system: You are a helpful assistant.
user:
Analyze the provided spectrum to determine if it is a **White Dwarf (WD)**.

A White Dwarf spectrum is defined by its **extreme purity** (due to gravitational settling) and/or **extreme pressure broadening** (due to high surface gravity). You must check for one of the following mutually exclusive signatures:

- **Key Visual Indicators (Check for ONE of these types):**

    - **1. DA-Type Signature (Most Common):**
        - **(Primary Feature):** Extreme pressure broadening (Stark broadening) of the **Hydrogen (H) Balmer lines**.
        - **(Key Lines):** $H\beta$ (approx. $4861$ Å) and $H\gamma$ (approx. $4340$ Å). $H\alpha$ (approx. $6563$ Å) will also be present if the wavelength range covers it.
        - **(Line Profile):** This is the **defining feature**. The lines are **NOT** sharp. They appear as massive, **extremely broad and deep "troughs" or "dips"** in the spectrum, often hundreds of Ångströms wide. The continuum will appear to "scoop" down at these wavelengths.
        - **(Distinction):** Normal A-type or B-type stars have *narrow* and *sharp* Hydrogen lines. A DA White Dwarf's lines are unmistakably "smeared" or "blurry" from pressure.

    - **2. DB-Type Signature:**
        - **(Primary Feature):** Broad absorption lines from **Neutral Helium (He I)**. The spectrum must lack any visible Hydrogen lines.
        - **(Key Lines):** Look for broad absorption near $4471$ Å, $4921$ Å, and $5876$ Å.
        - **(Line Profile):** These lines are also significantly pressure-broadened, appearing much wider than they would in a normal B-type main-sequence star.

    - **3. DC-Type Signature:**
        - **(Primary Feature):** A **featureless continuous spectrum**.
        - **(Line Profile):** The spectrum is a smooth curve with **no significant absorption or emission lines**.
        - **(Key Confirmation):** The continuum is almost always **blue or white**, indicating a hot object. This signature implies the atmosphere is so pure (or so cool) that no spectral lines are visible in the optical range. Its WD identity is confirmed by its extremely low intrinsic brightness (high absolute magnitude).

    - **4. DZ-Type Signature (Metal-Polluted):**
        - **(Primary Feature):** **Isolated, narrow metal absorption lines** on an otherwise featureless (DC-like) continuum.
        - **(Key Lines):** The **Calcium (Ca II) H & K doublet** (approx. **$3934$ Å** and **$3968$ Å**) is the most common and defining feature.
        - **(Line Profile):** These lines are "out of place." They are *not* part of a "forest" of thousands of lines. This signature is evidence of recent *accretion* (pollution) from rocky debris.
        - **(Distinction):** Normal G/K/M stars have a *dense forest* of thousands of metal lines. A DZ has a *clean* continuum with *only a few* strong metal lines.

    - **5. DQ-Type Signature (Carbon-Polluted):**
        - **(Primary Feature):** Absorption bands from **Carbon (C₂ "Swan Bands" or atomic C I)**.
        - **(Key Lines - C₂):** Look for bandheads with a "saw-tooth" shape near $5635$ Å, **$5165$ Å** (strongest), and $4737$ Å.
        - **(Key Confirmation):** The underlying **continuum must be blue or white** (hot).
        - **(Distinction):** This is the critical difference from a **Carbon Star**, which has the *exact same* C₂ bands but on an extremely **red, cool** continuum.

- **(Overall Spectrum):**
    - The continuum (overall shape) is typically **blue-sloping** (brighter in the blue than the red), as most white dwarfs are very hot.
    - The spectrum will look "pure" or "simple," dominated by only *one* of the five signatures listed above.

Think first, call **spectral_visualization_tool** if needed to examine features in detail, then provide your final answer. Your response must adhere to the following strict rules:
1.  **Overall Structure:** Your response must follow the format `<think>...</think> <tool_call>...</tool_call> (if a tool is used) <answer>...</answer>`.
2.  **Tool Usage Constraint:** You may only make **one** tool call per turn.
3.  **Final Answer Format:** In the `<answer>` tag, your conclusion must be inside a `\boxed{}` command (e.g., `\boxed{YES}` or `\boxed{NO}`), followed by your justification.

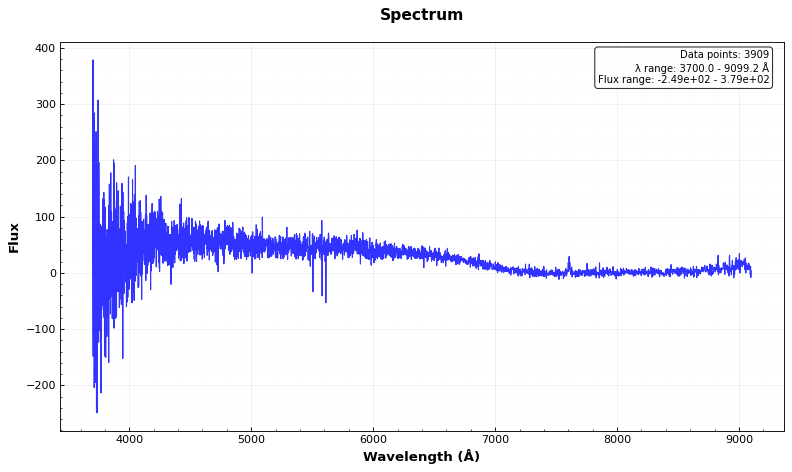
Answer: NO